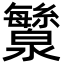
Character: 㶗